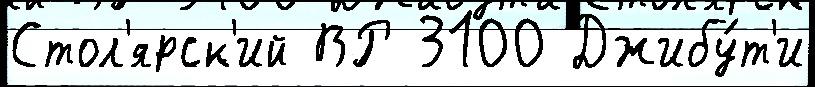
Стол'ярск'ий ВР 3100 Джибу́т'и